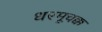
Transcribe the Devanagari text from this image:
धरमूचक्क